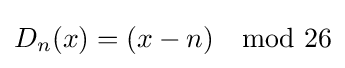
D_{n}(x)=(x-n)\mod {26}